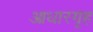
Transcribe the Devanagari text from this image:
आधारगृह